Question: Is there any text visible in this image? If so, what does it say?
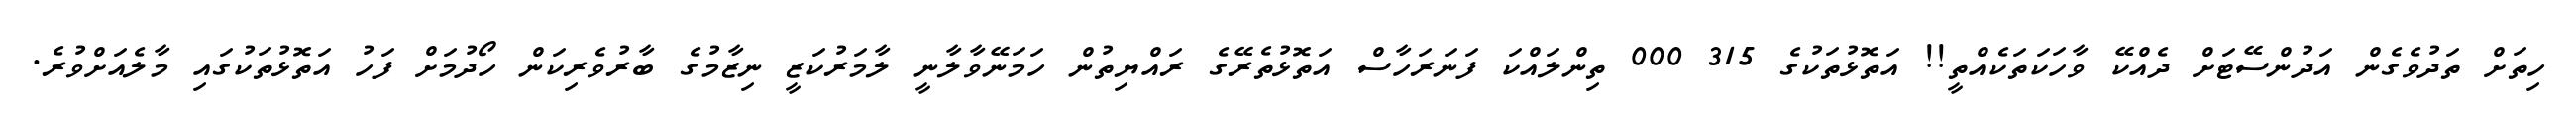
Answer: ހިތަށް ތަދުވެގެން އަދުންސޭޓަށް ދެއްކޭ ވާހަކަތަކެއްތީ!! އަތޮޅުތަކުގެ 315 000 ތިންލައްކަ ފަނަރަހާސް އަތޮޅުތެރޭގެ ރައްޔިތުން ހަމަނޭވާލާނީ ލާމަރުކަޒީ ނިޒާމުގެ ބާރުވެރިކަން ހޯދުމަށް ފަހު އަތޮޅުތަކުގައި މާލެއަށްވުރެ.